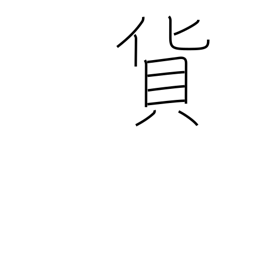
Meaning: freight